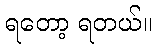
ရတော့ ရတယ်။